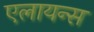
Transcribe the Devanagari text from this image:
एलायन्स